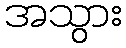
အသွား